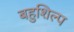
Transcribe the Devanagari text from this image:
बहुशिल्प